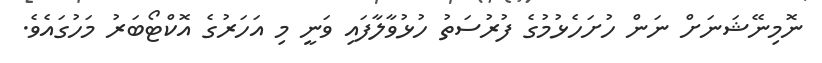
ނޮމިނޭޝަނަށް ނަން ހުށަހެޅުމުގެ ފުރުސަތު ހުޅުވާލާފައި ވަނީ މި އަހަރުގެ އޮކްޓޯބަރު މަހުގައެވެ.